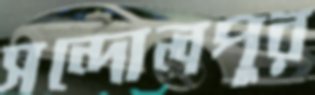
সন্দোলপুর